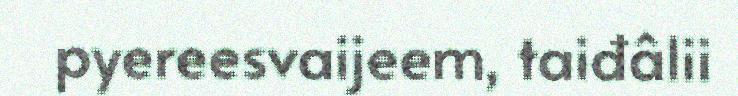
pyereesvaijeem, taiđâlii